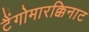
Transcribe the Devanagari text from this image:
टैंगोमारक्किनाट